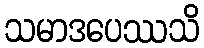
သမာဒပေဿသိ